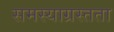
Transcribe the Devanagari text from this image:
समस्याग्रस्तता